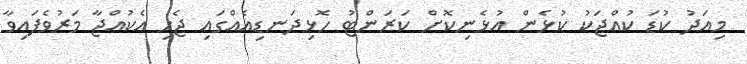
މިއަދު ކުޑަ ކުއްޖަކު ކުޅެން އުޅެނިކޮށް ކަރަންޓު ހޮޅިދަނޑިއެއްގައި ޖެހި އެކުއްޖާ މަރުވެފައިވާ